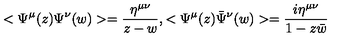
< \Psi ^ { \mu } ( z ) \Psi ^ { \nu } ( w ) > = \frac { \eta ^ { \mu \nu } } { z - w } , < \Psi ^ { \mu } ( z ) { \bar { \Psi } } ^ { \nu } ( w ) > = \frac { i \eta ^ { \mu \nu } } { 1 - z \bar { w } }